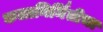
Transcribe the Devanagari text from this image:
कलानिर्मितीचा